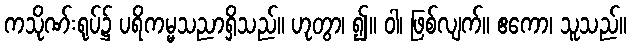
ကသိုဏ်းရုပ်၌ ပရိကမ္မသညာရှိသည်။ ဟုတွာ၊ ၍။ ဝါ၊ ဖြစ်လျက်။ ဧကော၊ သူသည်။